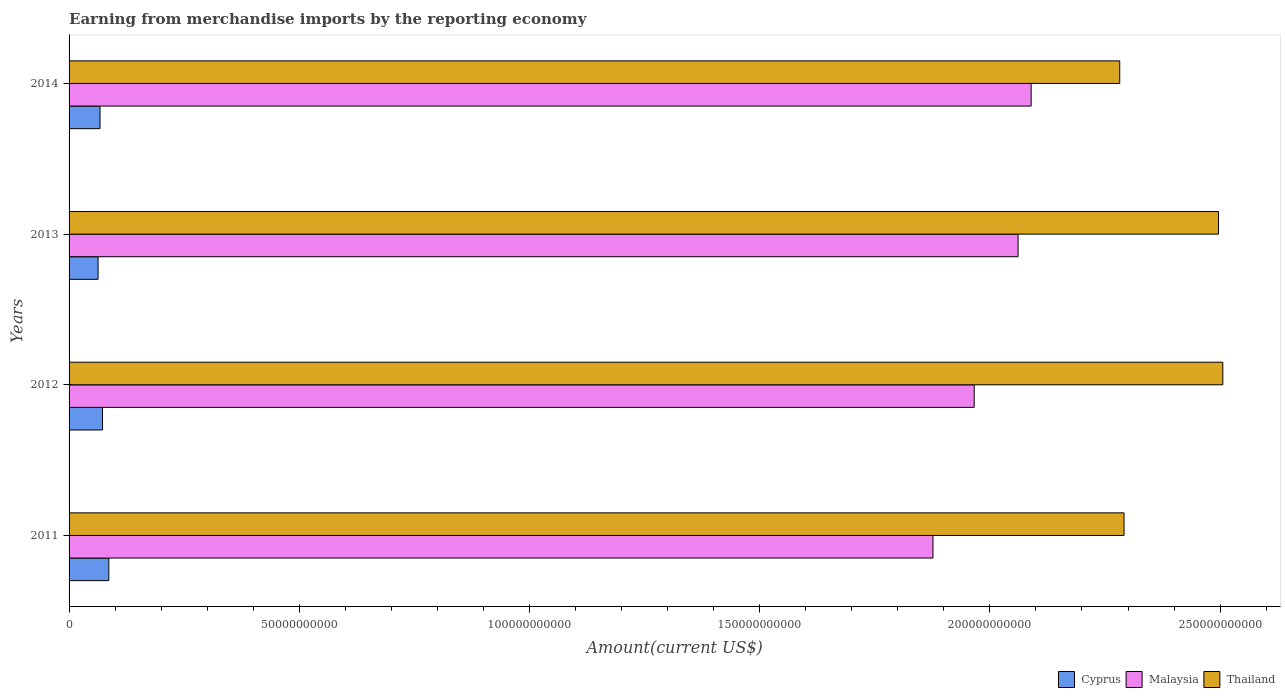
| Years | Cyprus | Malaysia | Thailand |
 | --- | --- | --- | --- |
 | 2011 | 8.63e+09 | 1.88e+11 | 2.29e+11 |
 | 2012 | 7.26e+09 | 1.97e+11 | 2.51e+11 |
 | 2013 | 6.3e+09 | 2.06e+11 | 2.5e+11 |
 | 2014 | 6.72e+09 | 2.09e+11 | 2.28e+11 |